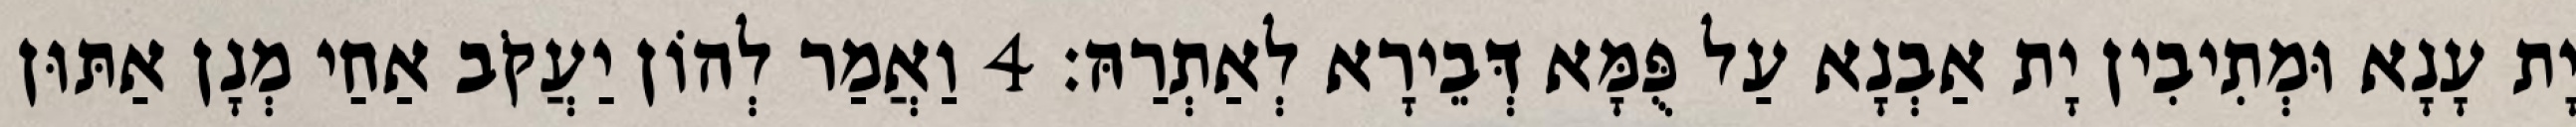
יָת עָנָא וּמְתִיבִין יָת אַבְנָא עַל פֻּמָּא דְּבֵירָא לְאַתְרַהּ׃ 4 וַאֲמַר לְהוֹן יַעֲקֹב אַחַי מְנָן אַתּוּן